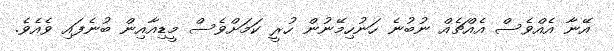
އޭނާ އެއްވެސް އެއްޗެއް ނުބުނެ ހަނުހިމޭނުން ހުރީ ކަމަށްވެސް މީޑިއާއިން ބުނެފައި ވެއެވެ.